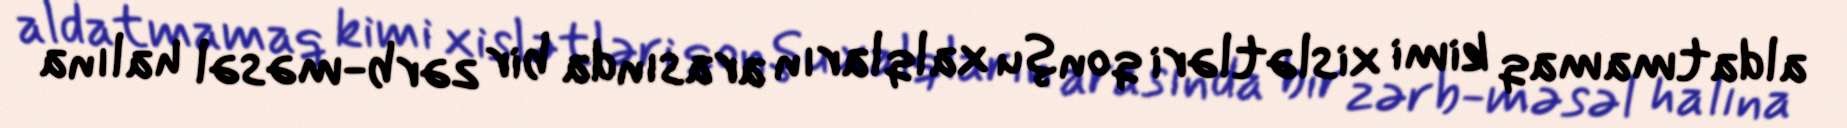
aldatmamaq kimi xislətləri qonşu xalqların arasında bir zərb-məsəl halına